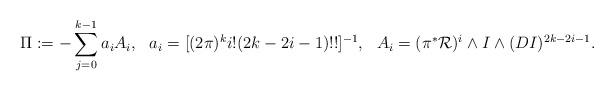
LaTeX: \begin{align*} \Pi:= -\sum_{j=0}^{k-1}a_iA_i,&&a_i=[(2\pi)^{k}i!(2k-2i-1){!}{!}]^{-1},&&A_i=(\pi^*\mathcal{R})^i\wedge I\wedge(DI)^{2k-2i-1}.\end{align*}